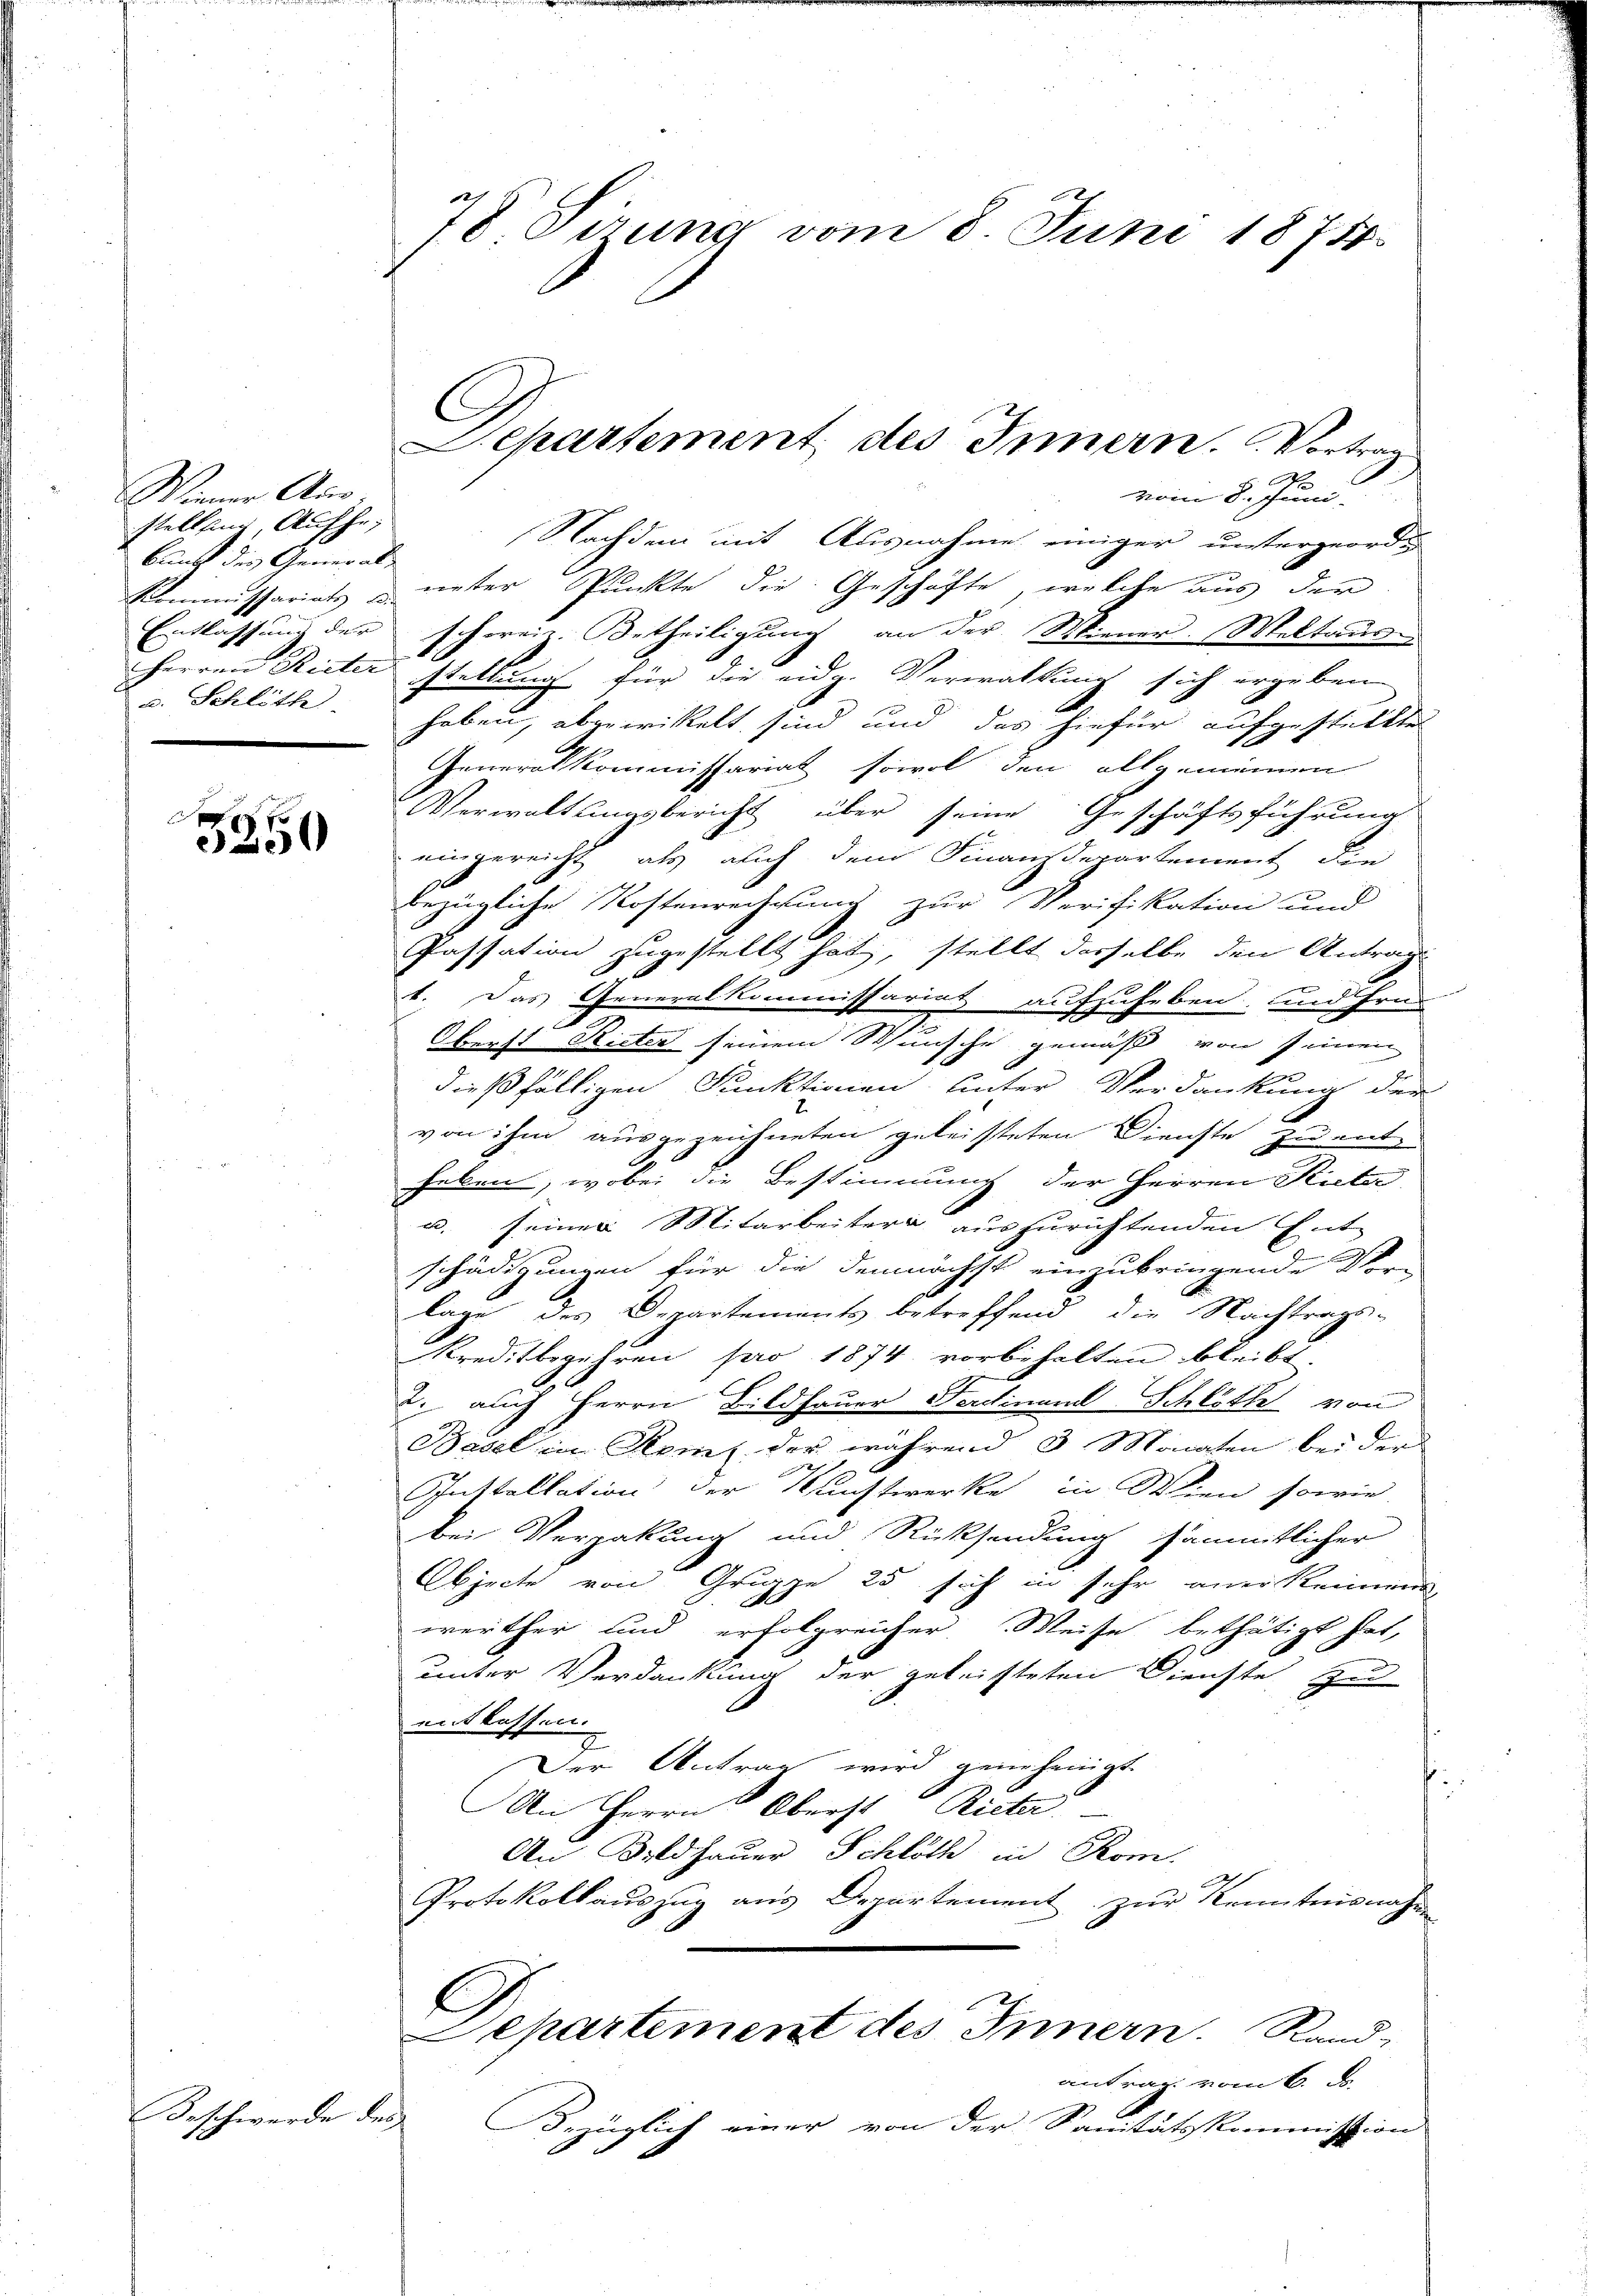
Weiner Ausstelling, Aufhe;
bung des Generals
u. Schlöth

3250

Beschwerde des

78 Sirung vom 8. Juni 1875.

Nachdem mit Ausnahme einiger untergeord¬
Kommissariats unter Punkte die Geschäfte, welche aus der
Entlassung der schweiz. Betheiligung an der Wiener. Weltaus¬
Herren Rieter stellung für die eidg. Verwaltung sich ergebene
haben, abgewittelt sind und das hiefür aufgestellten
Generalkommissariat sowol den allgemeinen
Verwaltungsbericht über seine Geschäftsführung
1
eingereicht, als auch dem Finanzdepartement den
bezügliche Kostenrechnung zur Verifikation und
Passation zugestellt hat, stellt dasselbe den Antrage
t. Das Generalkommissariat auf
uheben, und Grad
Oberst Rieter seinem Stunsche gemäß von seinen
ein
dießfälligen Punktionen hinter Verdankung der
von ihm ausgezeichneten geleisteten Dienste zu enthaben, wobei die Bestimmung der Herren Ricker
u. seiner Mitarbeitere auszurichtenden Ent-
schädigungen für die demnächst einzubringende Vor
lage des Departements betreffend die Nachtrags-
Kreditbegehren pro 1874 vorbehalten bleibt.
2. auch Herrn Bildhauer Ferdinand Schlittel von
Basel in Kemt der während 3 Monaten bei der
h
Puttallation der Kunstwerke in Wien sowie
bei Vergabung und Rücksendung sämmtlicher
Objecte von Gruppe 25 sich in sehr aner keinen
werther und erfolgreicher Weise bethätigt hat,
unter Verdankung der geleisteten Dienste zu
entlassen.
Der Antrag wird genehmigt.
An Herrn Oberst Rieter
An Bildhauer Schlöth in Rom.
Protokollauszug aus Departement zur Kenntnisnahme
l
Separtement des Innern. Rand
antrag vom 6. d.
Bezüglich einer von der Sanitätskommission

.
Departement des Innern. Vortrag
vom 8. Juni.